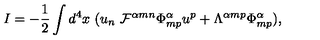
I = - \frac { 1 } { 2 } \int d ^ { 4 } x \ ( u _ { n } \ { \cal F } ^ { \alpha m n } { \Phi } _ { m p } ^ { \alpha } u ^ { p } + { \Lambda } ^ { \alpha m p } { \Phi } _ { m p } ^ { \alpha } ) ,